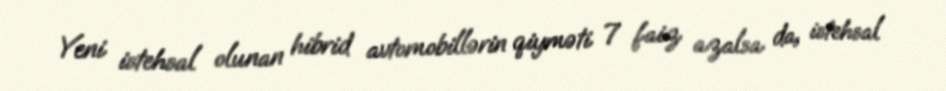
Yeni istehsal olunan hibrid avtomobillərin qiyməti 7 faiz azalsa da, istehsal